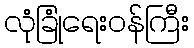
လုံခြုံရေးဝန်ကြီး